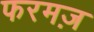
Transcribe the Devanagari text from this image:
फरमज़